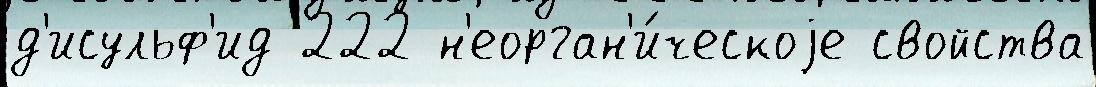
д'исульф'ид 222 н'еорган'и́ческоjе свойства